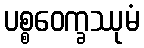
ပစ္စဝေက္ခဿုမံ